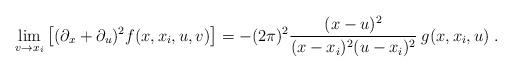
LaTeX: \begin{align*}\lim_{v \to x_{i}} \left[ (\partial_{x} + \partial_{u})^{2} f(x,x_{i},u,v) \right] = - (2\pi)^{2} \frac{(x-u)^{2}}{(x-x_{i})^{2}(u-x_{i})^{2}}\: g(x,x_{i},u) \; . \end{align*}